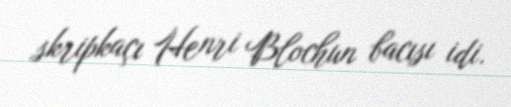
skripkaçı Henri Blochun bacısı idi.